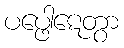
ပပ္ဖေါဋေတွာ